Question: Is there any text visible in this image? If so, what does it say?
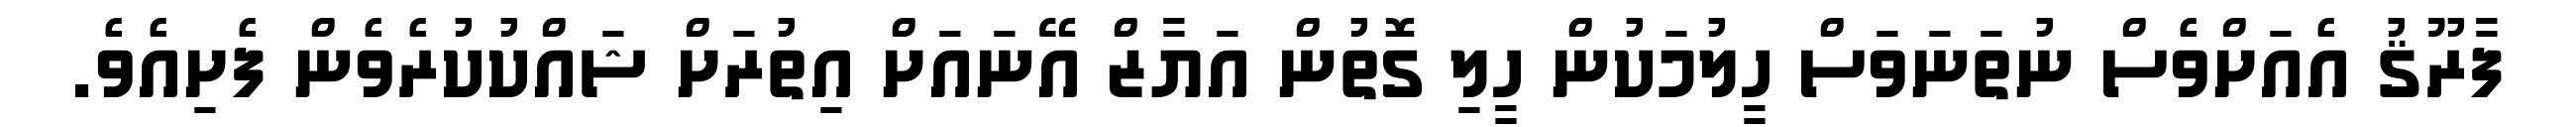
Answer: ފާރޫޤު އެއަށްވެސް ނުތަނަވަސް ހީލުމަކުން ހީލި ގޮތުން އަޔާޒް އޭނައަށް އިތުރަށް ޝައްކުކުރެވެން ފެށިއެވެ.